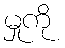
မှုကို